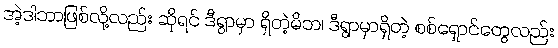
အဲ့ဒါဘာဖြစ်လို့လည်း ဆိုရင် ဒီရွာမှာ ရှိတဲ့မိဘ၊ ဒီရွာမှာရှိတဲ့ စစ်ရှောင်တွေလည်း